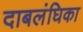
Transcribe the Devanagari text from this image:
दाबलंघिका